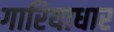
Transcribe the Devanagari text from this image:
गारियाधार